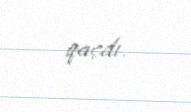
qaçdı.